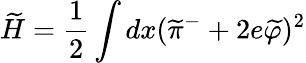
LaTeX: \widetilde H=\frac{1}{2}\int dx(\widetilde\pi^{-}+2e\widetilde\varphi)^{2}